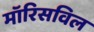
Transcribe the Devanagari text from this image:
मॉरिसविल